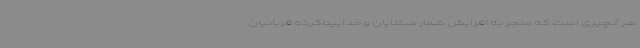
هر آنچیزی است که منجر به افزایش شمار مبتلایان و خداییناکرده قربانیان